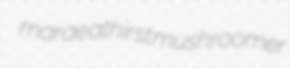
marae athirst mushroomer